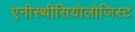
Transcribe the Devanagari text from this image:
एनीस्थीसियोलोजिस्ट